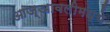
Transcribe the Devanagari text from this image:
आज्ञावलीमध्ये